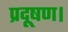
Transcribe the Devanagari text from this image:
प्रदूषण।